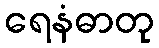
ရေနံဓာတု